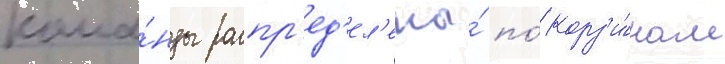
кома́нды распр'ед'ел'ены́ по́ корз'и́нам